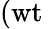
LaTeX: (\mathrm{wt}\